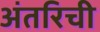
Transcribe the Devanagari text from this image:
अंतरिची